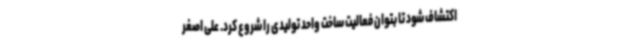
اکتشاف شود تا بتوان فعالیت ساخت واحد تولیدی را شروع کرد. علی اصغر